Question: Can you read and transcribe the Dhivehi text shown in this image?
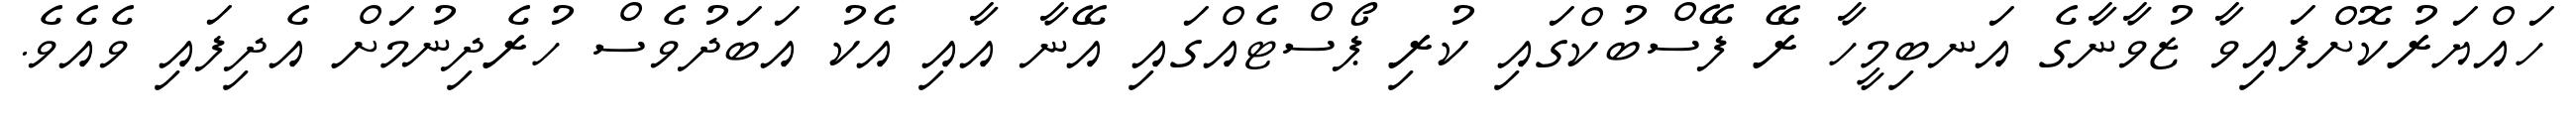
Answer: ހައްޔަރުކޮށްފައިވާ ޒުވާނާގެ އަނބިމީހާ ރޭ ފޭސްބުކްގައި ކުރި ޕޯސްޓެއްގައި އޭނާ އާއި އެކު އަބަދުވެސް ހުރެދިނުމަށް އެދިފައި ވެއެވެ.